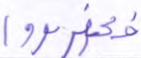
فكفروا